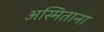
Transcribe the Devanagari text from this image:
अस्मिताना